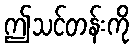
ဤသင်တန်းကို